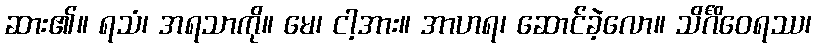
ဆား၏။ ရသံ၊ အရသာကို။ မေ၊ ငါ့အား။ အာဟရ၊ ဆောင်ခဲ့လော။ သိင်္ဂိဝေရဿ၊